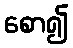
စော၍